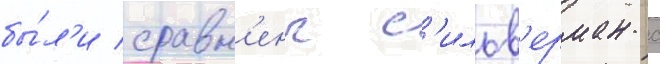
бы́л'и сравн'ены с'ильв'ерман с